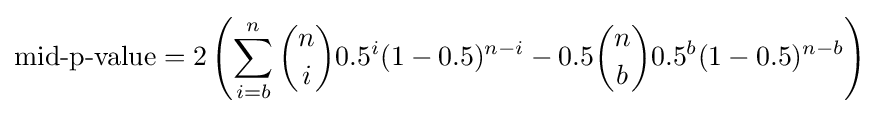
{\text{mid-p-value}}=2\left(\sum _{i=b}^{n}{n \choose i}0.5^{i}(1-0.5)^{n-i}-0.5{n \choose b}0.5^{b}(1-0.5)^{n-b}\right)